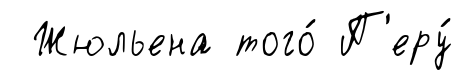
Жюльена того́ П'еру́